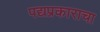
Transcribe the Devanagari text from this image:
पद्यप्रकाराचा